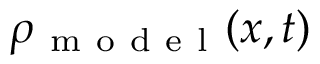
\rho _ { \mathrm { ~ m ~ o ~ d ~ e ~ l ~ } } ( x , t )